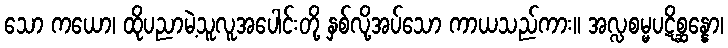
သော ကယော၊ ထိုပညာမဲ့သူလူအပေါင်းတို့ နှစ်လို့အပ်သော ကာယသည်ကား။ အလ္လစမ္မပဋိစ္ဆန္နော၊